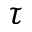
\tau